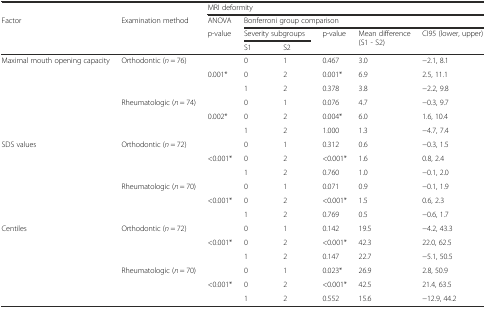
<table><thead><tr><td></td><td></td><td colspan="6"><b>MRI deformity</b></td></tr><tr><td rowspan="3"><b>Factor</b></td><td rowspan="3"><b>Examination method</b></td><td><b>ANOVA</b></td><td colspan="5"><b>Bonferroni group comparison</b></td></tr><tr><td rowspan="2"><b>p-value</b></td><td colspan="2"><b>Severity subgroups</b></td><td rowspan="2"><b>p-value</b></td><td rowspan="2"><b>Mean difference (S1 - S2)</b></td><td rowspan="2"><b>CI95 (lower, upper)</b></td></tr><tr><td><b>S1</b></td><td><b>S2</b></td></tr></thead><tbody><tr><td rowspan="6">Maximal mouth opening capacity</td><td rowspan="3">Orthodontic (<i>n</i> = 76)</td><td></td><td>0</td><td>1</td><td>0.467</td><td>3.0</td><td>−2.1, 8.1</td></tr><tr><td>0.001*</td><td>0</td><td>2</td><td>0.001*</td><td>6.9</td><td>2.5, 11.1</td></tr><tr><td></td><td>1</td><td>2</td><td>0.378</td><td>3.8</td><td>−2.2, 9.8</td></tr><tr><td rowspan="3">Rheumatologic (<i>n</i> = 74)</td><td></td><td>0</td><td>1</td><td>0.076</td><td>4.7</td><td>−0.3, 9.7</td></tr><tr><td>0.002*</td><td>0</td><td>2</td><td>0.004*</td><td>6.0</td><td>1.6, 10.4</td></tr><tr><td></td><td>1</td><td>2</td><td>1.000</td><td>1.3</td><td>−4.7, 7.4</td></tr><tr><td rowspan="6">SDS values</td><td rowspan="3">Orthodontic (<i>n</i> = 72)</td><td></td><td>0</td><td>1</td><td>0.312</td><td>0.6</td><td>−0.3, 1.5</td></tr><tr><td>&lt;0.001*</td><td>0</td><td>2</td><td>&lt;0.001*</td><td>1.6</td><td>0.8, 2.4</td></tr><tr><td></td><td>1</td><td>2</td><td>0.760</td><td>1.0</td><td>−0.1, 2.0</td></tr><tr><td rowspan="3">Rheumatologic (<i>n</i> = 70)</td><td></td><td>0</td><td>1</td><td>0.071</td><td>0.9</td><td>−0.1, 1.9</td></tr><tr><td>&lt;0.001*</td><td>0</td><td>2</td><td>&lt;0.001*</td><td>1.5</td><td>0.6, 2.3</td></tr><tr><td></td><td>1</td><td>2</td><td>0.769</td><td>0.5</td><td>−0.6, 1.7</td></tr><tr><td rowspan="6">Centiles</td><td rowspan="3">Orthodontic (<i>n</i> = 72)</td><td></td><td>0</td><td>1</td><td>0.142</td><td>19.5</td><td>−4.2, 43.3</td></tr><tr><td>&lt;0.001*</td><td>0</td><td>2</td><td>&lt;0.001*</td><td>42.3</td><td>22.0, 62.5</td></tr><tr><td></td><td>1</td><td>2</td><td>0.147</td><td>22.7</td><td>−5.1, 50.5</td></tr><tr><td rowspan="3">Rheumatologic (<i>n</i> = 70)</td><td></td><td>0</td><td>1</td><td>0.023*</td><td>26.9</td><td>2.8, 50.9</td></tr><tr><td>&lt;0.001*</td><td>0</td><td>2</td><td>&lt;0.001*</td><td>42.5</td><td>21.4, 63.5</td></tr><tr><td></td><td>1</td><td>2</td><td>0.552</td><td>15.6</td><td>−12.9, 44.2</td></tr></tbody></table>